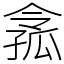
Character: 𡦈